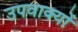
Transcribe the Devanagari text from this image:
उपवाक्यों